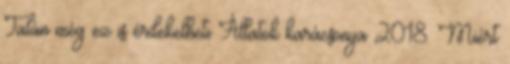
Talán még ez is érdekelheti Állatok karácsonya 2018. Miért